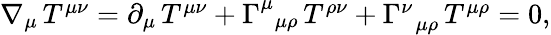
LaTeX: \begin{array}{r}{\nabla_{\mu}\, T^{\mu\nu}=\partial_{\mu}\, T^{\mu\nu}+\Gamma_{\, \, \, \mu\rho}^{\mu}\, T^{\rho\nu}+\Gamma_{\, \, \, \mu\rho}^{\nu}\, T^{\mu\rho}=0,}\end{array}